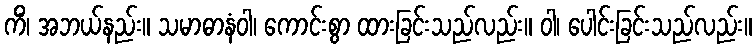
ကိံ၊ အဘယ်နည်း။ သမာဓာနံဝါ၊ ကောင်းစွာ ထားခြင်းသည်လည်း။ ဝါ၊ ပေါင်းခြင်းသည်လည်း။